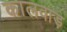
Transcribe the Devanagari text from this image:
कालवाड़